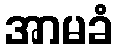
အာမခံ